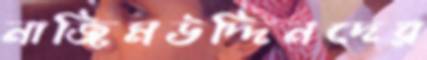
নাজিমউদ্দিনদের